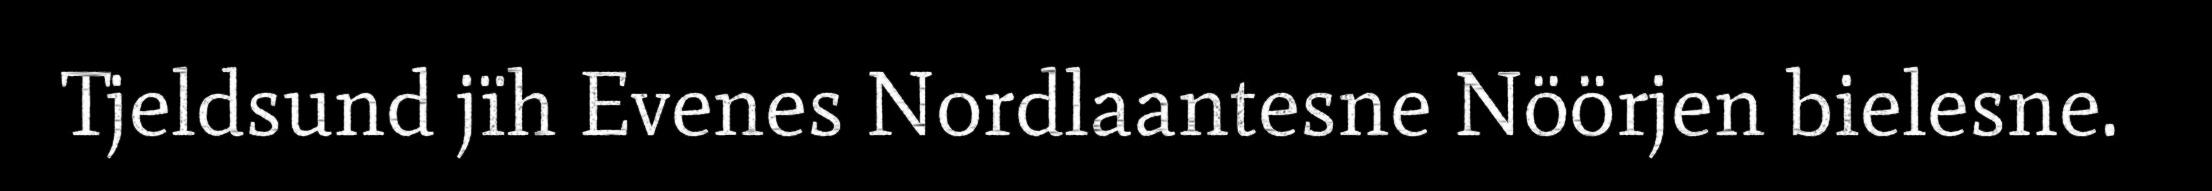
Tjeldsund jïh Evenes Nordlaantesne Nöörjen bielesne.